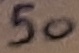
Text: 50